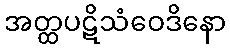
အတ္ထပဋိသံဝေဒိနော